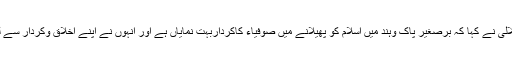
مولانا مشتاق احمد جلالی نے کہا کہ برصغیر پاک وہند میں اسلام کو پھیلانے میں صوفیاء کاکرداربہت نمایاں ہے اور انہوں نے اپنے اخلاق وکردار سے لوگوں کو مسلمان کیا۔